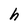
Character: h